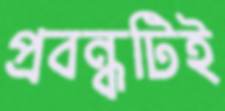
প্রবন্ধটিই